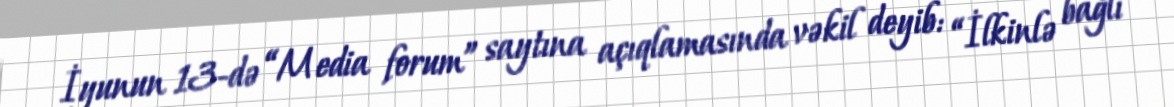
İyunun 13-də “Media forum” saytına açıqlamasında vəkil deyib: “İlkinlə bağlı